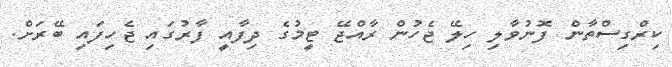
ކިރްގިސްތާން ފޮނުވާލި ހިލޭ ޖެހުުން ރާއްޖޭ ޓީމުގެ ދިފާއީ ފާރުގައި ޖެހިފައި ބޭރަށް.